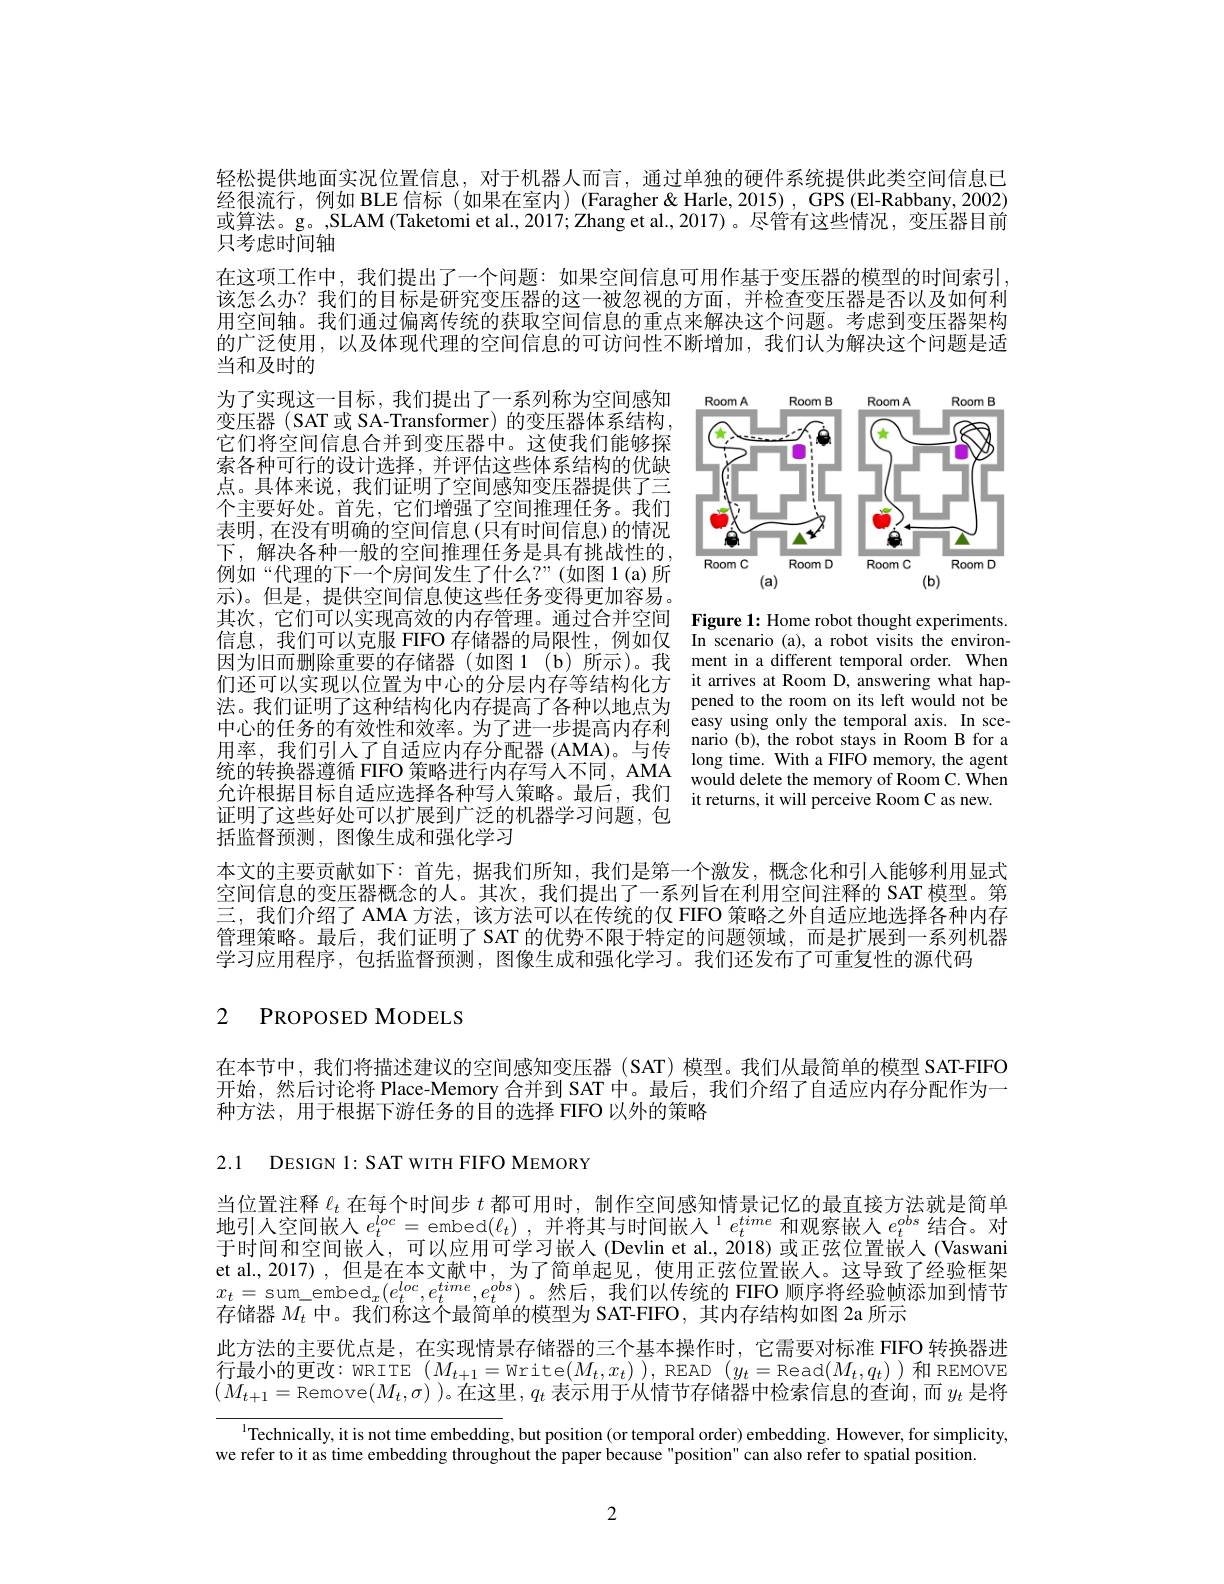
轻松提供地面实况位置信息，对于机器人而言，通过单独的硬件系统提供此类空间信息已经很流行，例如 BLE 信标(如果在室内) (Faragher&Harle,2015) , GPS (El-Rabbany,2002) 或算法。g。,SLAM (Taketomi et al., 2017; Zhang et al., 2017)。尽管有这些情况，变压器目前只考虑时间轴
在这项工作中，我们提出了一个间题：如果空间信息可用作基于变压器的模型的时间索引该怎么办？我们的目标是研究变压器的这一被忽视的方面，并检查变压器是否以及如何利用空间轴。我们通过偏离传统的获取空间信息的重点来解决这个问题。考虑到变压器架构的广泛使用，以及体现代理的空间信息的可访问性不断增加，我们认为解决这个问题是适当和及时的

<FigureHere>

为了实现这一目标，我们提出了一系列称为空间感知变压器 (SAT 或 SA-Transformer) 的变压器体系结构， 它们将空间信息合并到变压器中。这使我们能够探索各种可行的设计选择，并评估这些体系结构的优缺点。具体来说，我们证明了空间感知变压器提供了三个主要好处。首先，它们增强了空间推理任务。我们表明，在没有明确的空间信息(只有时间信息)的情况下，解决各种一般的空间推理任务是具有挑战性的， 例如“代理的下一个房间发生了什么？”(如图1(a)所示)。但是，提供空间信息使这些任务变得更加容易。其次，它们可以实现高效的内存管理。通过合并空间信息，我们可以克服 FIFO 存储器的局限性，例如仅 In scenario (a), a robot visits the environ因为旧而删除重要的存储器(如图1 (b)所示)。我 ment in a different temporal order. When 们还可以实现以位置为中心的分层内存等结构化方法。我们证明了这种结构化内存提高了各种以地点为$\begin{array}{lll}\text{中心的任务的有效性和效率。为了进一步提高内存利}&\text{easy using only me temporal axis. in sce-)}\\\text{用率，我们引入了自适应内存分配器 (AMA)。与传}&\text{nario (b),the robot stays in Room B for a}\end{array}$ 统的转换器遵循 FIFO 策略进行内存写人不同，AMA would delete the memory of Room C. When 允许根据目标自适应选择各种写人策略。最后，我们 it returns,it will perceive Room C as new.
证明了这些好处可以扩展到广泛的机器学习问题，包
括监督预测，图像生成和强化学习

Figure 1: Home robot thought experiments. it arrives at Room D, answering what happened to the room on its left would not be easy using only the temporal axis. In scelong time. With a FIFO memory, the agent

本文的主要贡献如下：首先，据我们所知，我们是第一个激发，概念化和引人能够利用显式空间信息的变压器概念的人。其次，我们提出了一系列旨在利用空间注释的 SAT 模型。第三，我们介绍了 AMA 方法，该方法可以在传统的仅 FIFO 策略之外自适应地选择各种内存管理策略。最后，我们证明了 SAT 的优势不限于特定的问题领域，而是扩展到一系列机器学习应用程序，包括监督预测，图像生成和强化学习。我们还发布了可重复性的源代码

## 2 PROPOSED MODELS

在本节中，我们将描述建议的空间感知变压器(SAT)模型。我们从最简单的模型 SAT-FIFO 开始，然后讨论将 Place-Memory 合并到 SAT 中。最后，我们介绍了自适应内存分配作为一种方法，用于根据下游任务的目的选择 FIFO 以外的策略

2.1 DESIGN 1: SAT WITH FIFO MEMORY

当位置注释$\ell_t$在每个时间步$t$都可用时，制作空间感知情景记忆的最直接方法就是简单地引人空间嵌人$e_t^loc=$ embed$(\ell_t)$,并将其与时间嵌人$^1e_t^{time}$和观察嵌人$e_t^{obs}$结合。对于时间和空间嵌入，可以应用可学习嵌人 (Devlin et al., 2018) 或正弦位置嵌人 (Vaswani et al., 2017) , 但是在本文献中，为了简单起见，使用正弦位置嵌人。这导致了经验框架$x_t=$ sum\_embed$_x(e_t^{loc},e_t^{time},e_t^{obs})$。然后，我们以传统的 FIFO 顺序将经验帧添加到情节存储器$M_t$中。我们称这个最简单的模型为 SAT-FIFO, 其内存结构如图 2a 所示

此方法的主要优点是，在实现情景存储器的三个基本操作时，它需要对标准 FIFO 转换器进行最小的更改：WRITE $(M_{t+1}=$write$(M_t,x_t))$, READ $(y_t=$Read$(M_t,q_t))$和 REMOVE $(M_{t+1}=$Remove$(M_t,\sigma)$ )。在这里$,q_t$ 表示用于从情节存储器中检索信息的查询，而$y_t$ 是将

$^{\text{l}}$Technically, it is not time embedding, but position (or temporal order) embedding. However, for simplicity,
we refer to it as time embedding throughout the paper because "position" can also refer to spatial position.

2